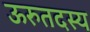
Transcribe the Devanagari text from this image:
ऊरुतदस्य